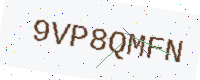
Text: 9VP8QMFN